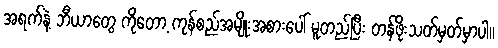
အရက်နဲ့ ဘီယာတွေ ကိုတော့ ကုန်စည်အမျိုးအစားပေါ် မူတည်ပြီး တန်ဖိုးသတ်မှတ်မှာပါ။